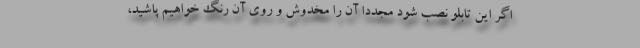
اگر این تابلو نصب شود مجددا آن را مخدوش و روی آن رنگ خواهیم پاشید،